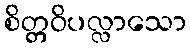
စိတ္တဝိပလ္လာသော